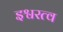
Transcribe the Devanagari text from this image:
इश्वरत्व